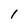
Character: 1